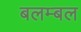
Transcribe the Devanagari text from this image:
बलम्बल